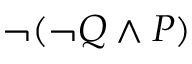
\neg ( \neg Q \land P )